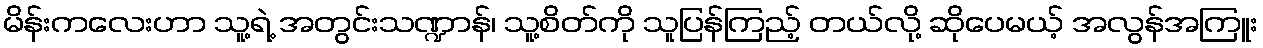
မိန်းကလေးဟာ သူ့ရဲ့ အတွင်းသဏ္ဍာန်၊ သူ့စိတ်ကို သူပြန်ကြည့် တယ်လို့ ဆိုပေမယ့် အလွန်အကြူး